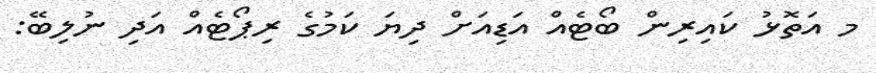
މ އަތޮޅު ކައިރިން ބޯޓެއް އަޑިއަށް ދިޔަ ކަމުގެ ރިޕޯޓެއް އަދި ނުލިބޭ: